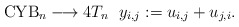
\begin{gather*}{\rm CYB}_{n} \longrightarrow 4T_{n} \ \ y_{i,j}:=u_{i,j}+u_{j,i}.\end{gather*}